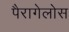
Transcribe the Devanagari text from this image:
पैरागेलोस